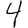
Digit: 4